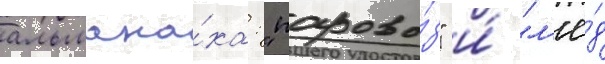
альмана́ха: "парово́з" и́ "л'ё́д